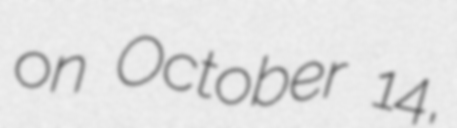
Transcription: on October 14,